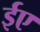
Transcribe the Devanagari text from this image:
ईए